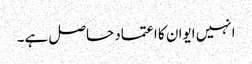
انہیں ایوان کا اعتماد حاصل ہے۔